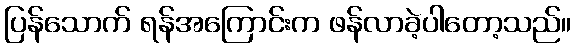
ပြန်သောက် ရန်အကြောင်းက ဖန်လာခဲ့ပါတော့သည်။